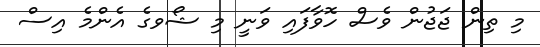
މި ތިން ޖަޖުން ވެސް ހޮވާފައި ވަނީ މި ޝޯވގެ އެންމެ އިސް